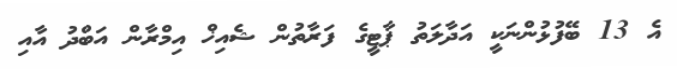
އެ 13 ބޭފުޅުންނަކީ އަދާލަތު ޕާޓީގެ ފަރާތުން ޝެއިޚް އިމްރާން އަބްދު އާއި